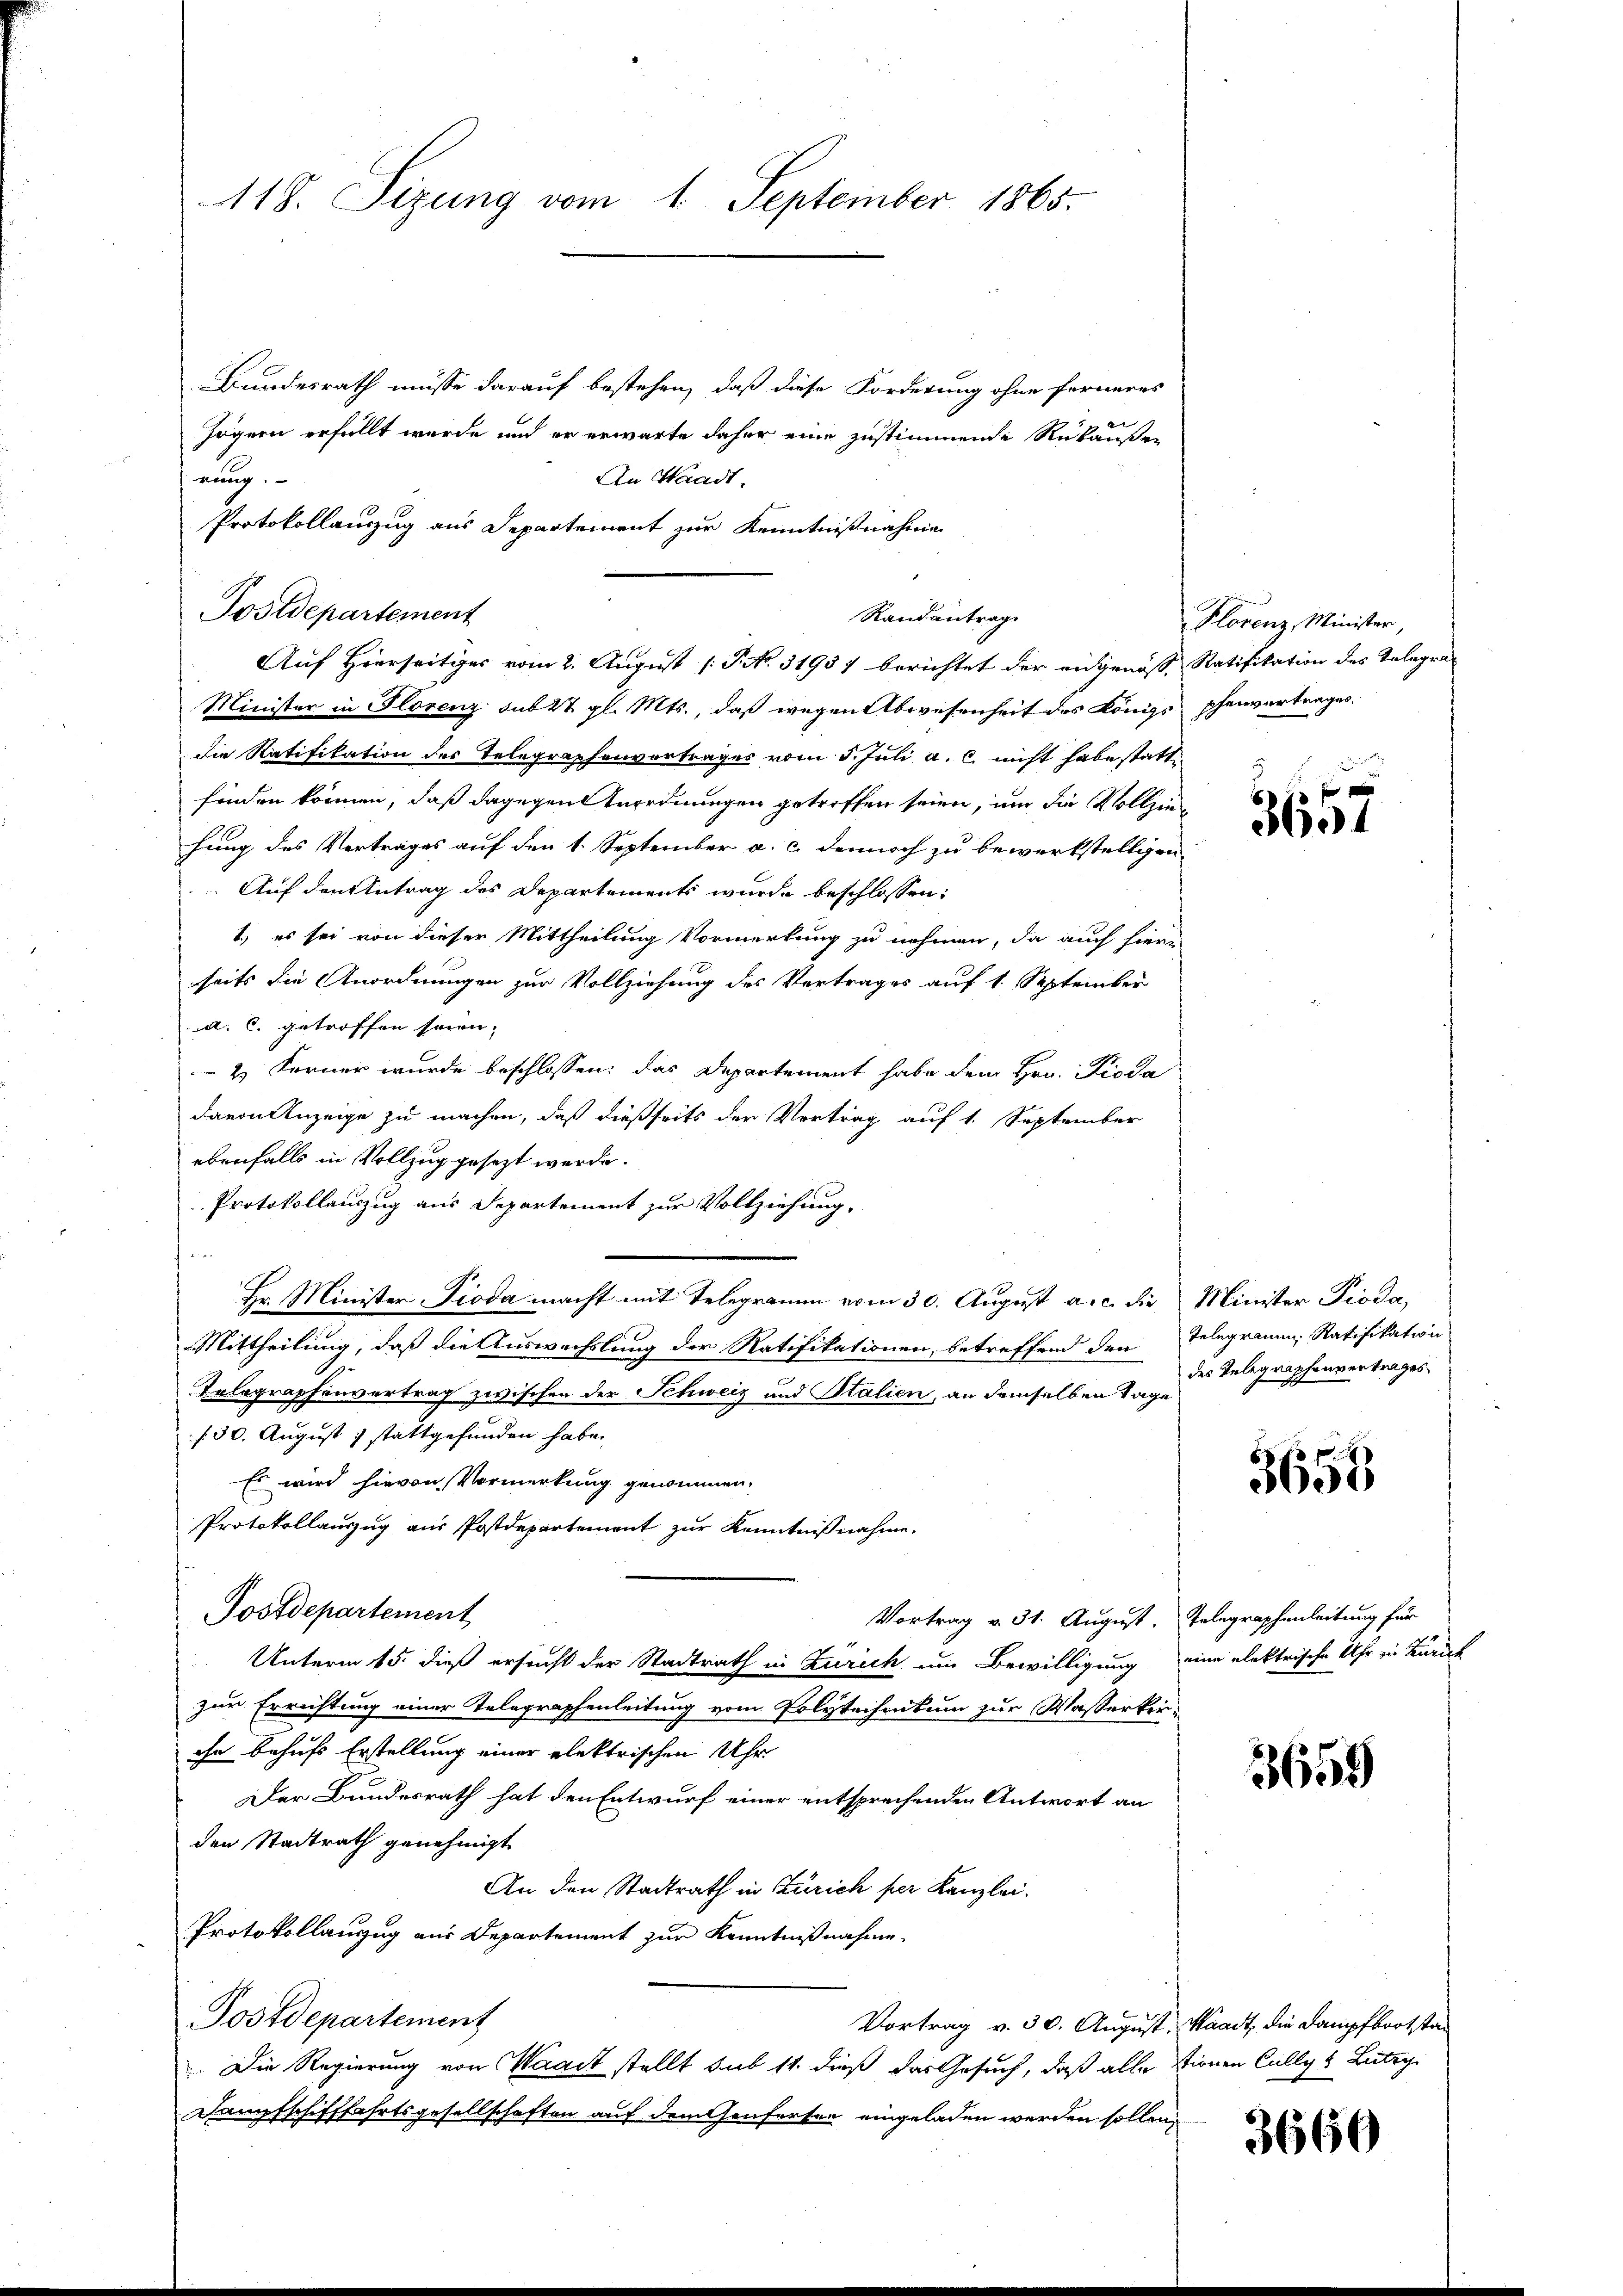
118. Sizung vom 1. September 1865.

Bundesrath müsse darauf bestehen, daß diese Forderung ohne ferneres
Zögern erfüllt wurde und er erwarte daher eine zustimmende Rükäußer
nung.
An Waadt.
Protokollauszug aus Departement zur Kenntnißnahme

Postdepartement
Randantrag
Auf Hierseitiges vom 2. August /: P. No. 31957 berichtet der eidgenöss. Ratifikation des Telegra¬

Minister in Florenz sub 27. gl. Mts., daß wegen Abwesenheit des Königs phenvertrages.
die Ratifikation des Telegraphenvertrages vom 5. Juli a. c. nicht habe statt
finden können, daß dagegen Anordnungen getroffen seien, um die Vollziehung des Vertrages auf den 1. September a. c. dennoch zu bewerkstelligen
Auf den Antrag des Departements wurde beschlossen:
1.) es sei von dieser Mittheilung Vormerkung zu nehmen, da auch hierin
seits die Anordnungen zur Vollziehung des Vertrages auf 1. September
a. C. getroffen sein.
 2. Ferner wurde beschlossen: das Departement habe dem Hrn. Pioda
davon Anzeige zu machen, daß dießseits der Vertrag auf 1. September
ebenfalls in Vollzug gesezt werde.
Protokollauszug aus Departement zur Vollziehung.
Hr. Minister Pioda macht mit Telegramm vom 30. August a.c. die Minister Pioda,
Mittheilung, daß die Auswechslung der Ratifikationen, betreffend den Telegramm, Ratifikation
Telegraphenvertrag zwischen der Schweiz und Stalien, an demselben Tage
f 30. August ; stattgefunden habe.
Es wird hievon Vormerkung genommen.
Protokollauszug aus Postdepartement zur Kenntnißnahme.
Postdepartement
Vortrag v. 31. August. Telegraphenleitung für
Unterm 15. dieß ersucht der Stadtrath in Zürich um Bewilligung eine elektrische Uhr in Zürich
zur Errichtung einer Telegraphenleitung vom Polytechnikum zur Wasserkriihn behufs Erstellung einer elektrischen Uhr
Der Bundesrath hat den Entwurf einer entsprechenden Antwort an
den Stadtrath genehmigt
An den Stadtrath in Zürich per Kanzlei.
Protokollanzug aus Departement zur Kenntnißnahme
Postdepartement
Vortrag v. 30. August, Waadt, die Dampfbootstan
.Die Regierung von Waadt stellt sub 11. dieß das Gesuch, daß alle Stirnen Cullys Lutry
Dampfschifffahrtsgesellschaften auf dem Genferten eingeladen werden sollen.

Florenz, Minister,

3657

des Telegraphenvertrages.

12.
3658

3659

3666